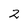
Character: 2